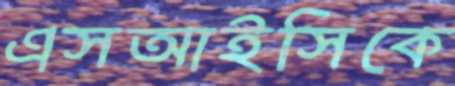
এসআইসিকে